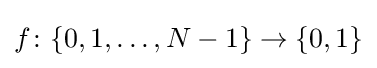
f\colon \{0,1,\ldots ,N-1\}\to \{0,1\}